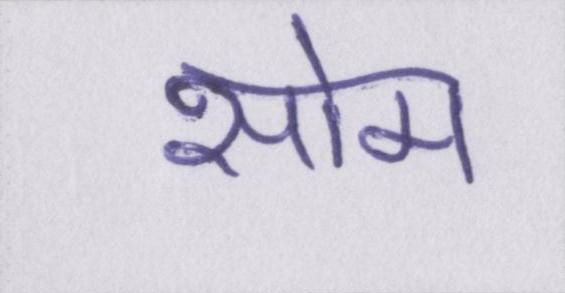
सोम